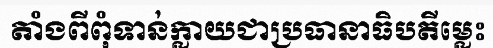
តាំងពីពុំទាន់ក្លាយជាប្រធានាធិបតីម្លេះ